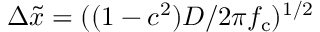
\Delta \tilde { x } = ( ( 1 - c ^ { 2 } ) D / 2 \pi f _ { \mathrm { c } } ) ^ { 1 / 2 }